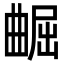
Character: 𫵢